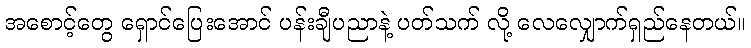
အစောင့်တွေ ရှောင်ပြေးအောင် ပန်းချီပညာနဲ့ ပတ်သက် လို့ လေလျှောက်ရှည်နေတယ်။